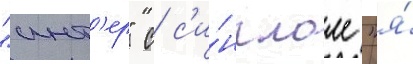
"инт'ер" с с'и́нглом "я́